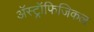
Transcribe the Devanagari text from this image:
अॅस्ट्रॉफिजिकल